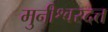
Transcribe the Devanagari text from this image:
मुनीश्वरदत्त